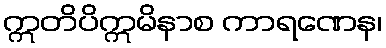
ဣတိပိဣမိနာစ ကာရဏေန၊